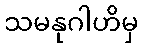
သမနုဂါဟိမှ